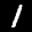
Label: 1